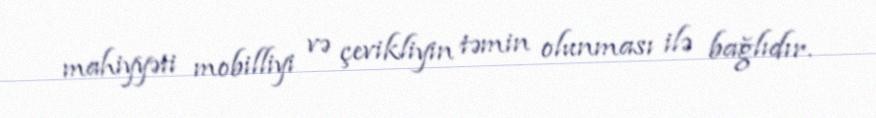
mahiyyəti mobilliyi və çevikliyin təmin olunması ilə bağlıdır.